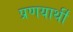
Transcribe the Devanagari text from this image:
प्रणयार्थी